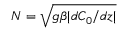
N = \sqrt { g \beta | d C _ { 0 } / d z | }